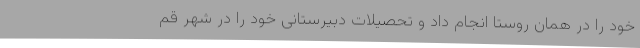
خود را در همان روستا انجام داد و تحصیلات دبیرستانی خود را در شهر قم